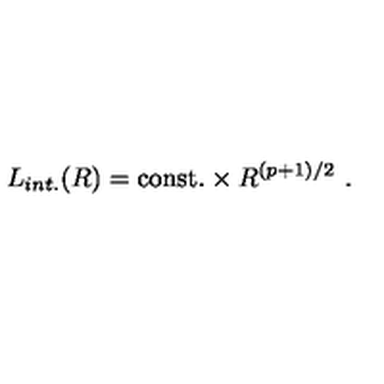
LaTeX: L _ { i n t . } ( R ) = \mathrm { c o n s t . } \times R ^ { ( p + 1 ) / 2 } \ .